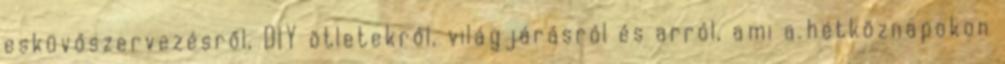
esküvőszervezésről, DIY ötletekről, világjárásról és arról, ami a hétköznapokon